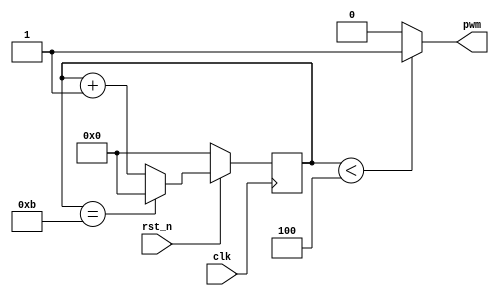
//********************************************************
//   Copyright(c)2016, STEP FPGA 
//   All rights reserved
//   Module name     :   pwmpulse
//   Data            :   2016/08/01
//   Version         :   V1.0
//   Description     :   
//
//   Modification history
//   ----------------------------------------------------------------------------
// Version       
// Description
//
//********************************************************

//*******************
//DEFINE MODULE PORT
//*******************
module pwmpulse
(
	//INPUT
	clk			,
	rst_n		,
	//OUTPUT
	pwm			
);
	//*******************
	//DEFINE PARAMETER
	//*******************
	parameter			duty	=	4;//duty
	parameter			cycle	=	12;//cycle
	
	//*******************
	//DEFINE INPUT
	//*******************
	input 	clk,rst_n;     

    //*******************
	//DEFINE OUTPUT
	//*******************
	output	pwm;
	
	//********************
	//OUTPUT ATTRIBUTE
	//********************
	//REGS
	reg 	pwm;    

	//*********************
	//INNER SIGNAL DECLARATION
	//*********************
	reg		[3:0]	count;
	
	//Sequential logic style
	always@(posedge clk)
		if (!rst_n)
			count<=0;
		else if(count==cycle-1)
			count<=0;
		else
			count<=count+1;
			
	always@(*)
		if(count<duty)
			pwm<=1;
		else
			pwm<=0;

endmodule